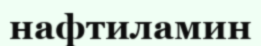
нафтиламин